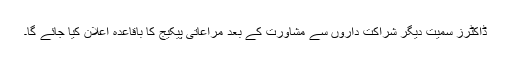
ڈاکٹرز سمیت دیگر شراکت داروں سے مشاورت کے بعد مراعاتی پیکیج کا باقاعدہ اعلان کیا جائے گا۔